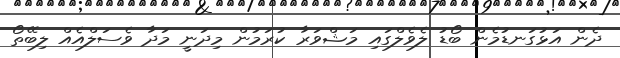
ދެން އަޅުގަނޑުމެން ބޯޑު ލެވެލްގައި މަޝްވަރާ ކުރަމުން މިދަނީ މަދާ ވެސަލްއެއް ލިބޭތޯ